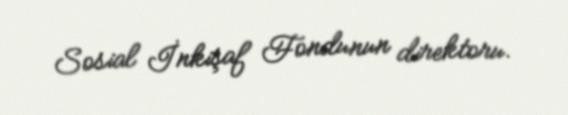
Sosial İnkişaf Fondunun direktoru.